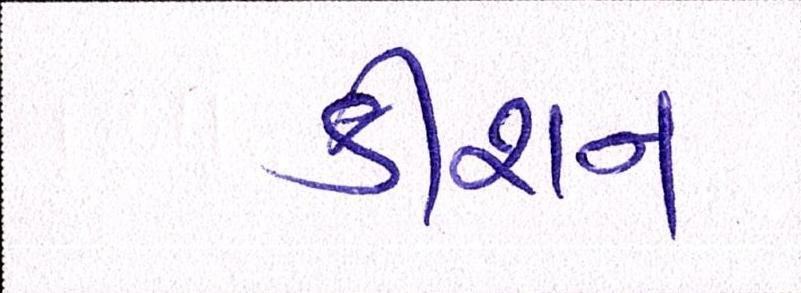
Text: કીશન